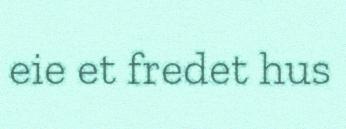
eie et fredet hus